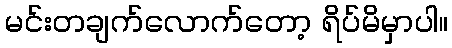
မင်းတချက်လောက်တော့ ရိပ်မိမှာပါ။